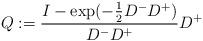
LaTeX: \begin{align*} Q:= \frac{I-\exp(-\frac{1}{2} D^- D^+)}{D^- D^+} D^+\end{align*}